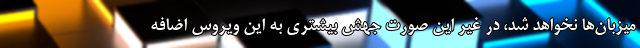
میزبان‌ها نخواهد شد، در غیر این صورت جهش بیشتری به این ویروس اضافه